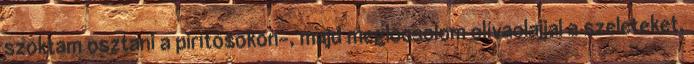
szoktam osztani a pirítósokon-, majd meglocsolom olívaolajjal a szeleteket.